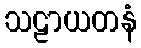
သဠာယတနံ